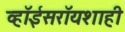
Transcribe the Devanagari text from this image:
व्हॉईसरॉयशाही